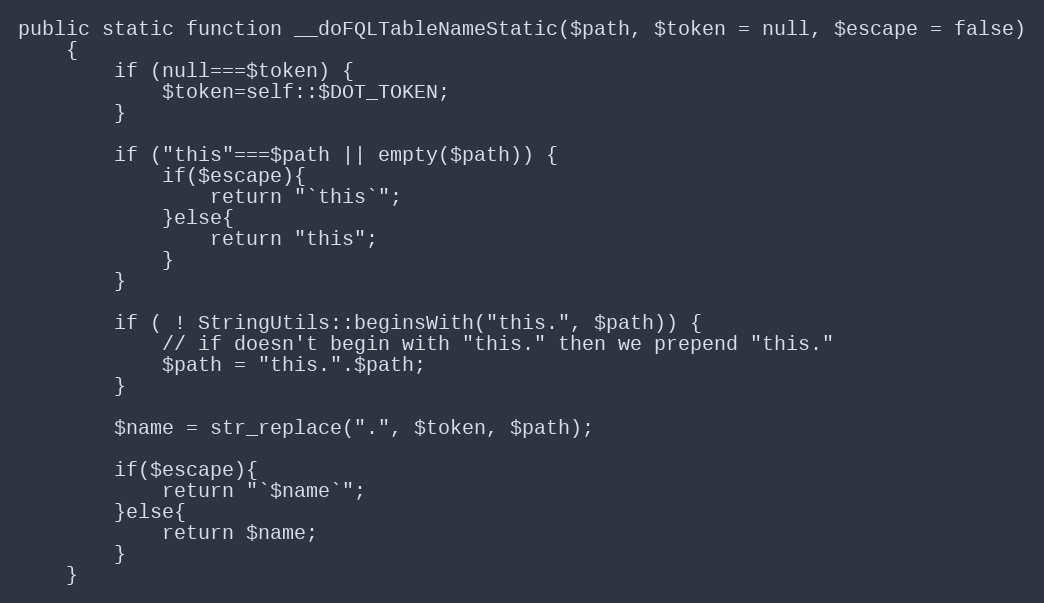
Language: PHP
public static function __doFQLTableNameStatic($path, $token = null, $escape = false)
    {
        if (null===$token) {
            $token=self::$DOT_TOKEN;
        }

        if ("this"===$path || empty($path)) {
            if($escape){
                return "`this`";
            }else{
                return "this";
            }
        }

        if ( ! StringUtils::beginsWith("this.", $path)) {
            // if doesn't begin with "this." then we prepend "this."
            $path = "this.".$path;
        }

        $name = str_replace(".", $token, $path);

        if($escape){
            return "`$name`";
        }else{
            return $name;
        }
    }